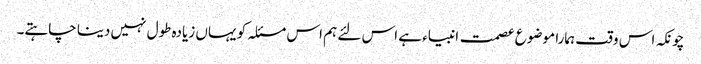
چونکہ اس وقت ہمارا موضوع عصمت انبیاء ہے اس لئے ہم اس مسئلہ کو یہاں زیادہ طول نہیں دینا چاہتے۔